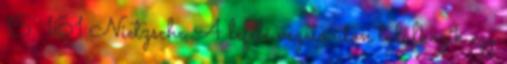
15. 161 Nietzsche A lefelé vezető úton találkozik egy